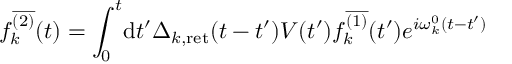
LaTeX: f _ { k } ^ { \overline { { { ( 2 ) } } } } ( t ) = \int _ { 0 } ^ { t } \! \mathrm { d } t ^ { \prime } \Delta _ { k , \mathrm { r e t } } ( t - t ^ { \prime } ) V ( t ^ { \prime } ) f _ { k } ^ { \overline { { { ( 1 ) } } } } ( t ^ { \prime } ) e ^ { i \omega _ { k } ^ { 0 } ( t - t ^ { \prime } ) }